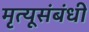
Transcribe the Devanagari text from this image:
मृत्यूसंबंधी